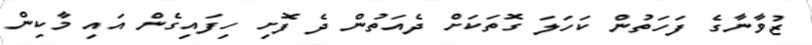
ޒުވާނާގެ ފަހަތުން ކަހަލަ ގޮތަކަށް ދެއަތުން ދެ ފޮށި ހިފައިގެން އައި މާކިން